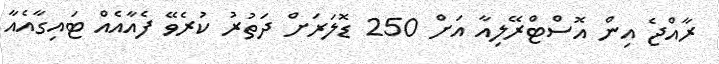
ރާއްޖެ އިން އޮސްޓްރޭލިއާ އަށް 250 ޑޮލަރަށް ދަތުރު ކުރެވޭ ފެއާއެއް ޓައިގާއެއާ